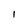
Character: 1